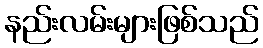
နည်းလမ်းများဖြစ်သည်